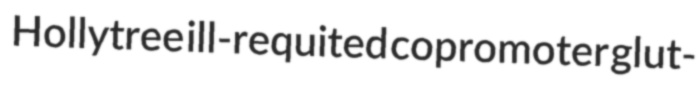
Hollytree ill-requited copromoter glut-